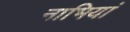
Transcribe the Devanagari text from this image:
नाभियां